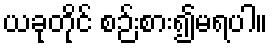
ယခုတိုင် စဉ်းစား၍မရပါ။